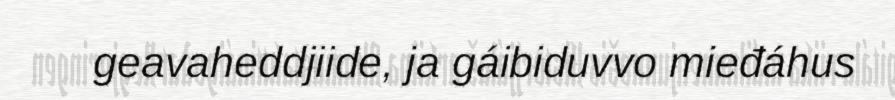
geavaheddjiide, ja gáibiduvvo mieđáhus